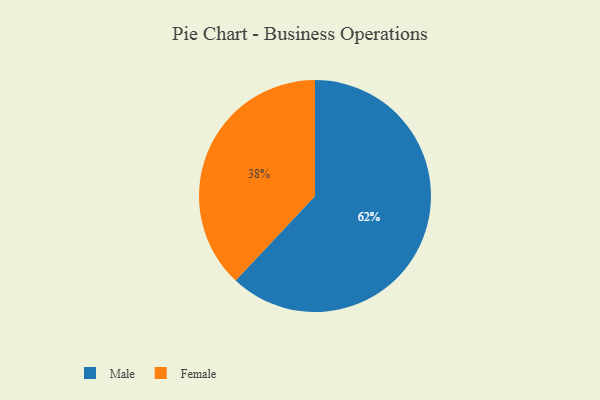
{"axis": {"x": "Category", "y": "Percentage"}, "legend": ["Female", "Male"], "data": [{"x": "Female", "y": 38, "type": "Female"}, {"x": "Male", "y": 62, "type": "Male"}]}